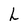
Character: L